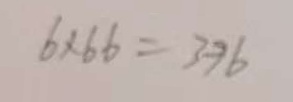
6 \times 6 6 = 3 9 6